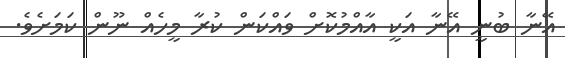
އޭނާ ބުނީ އޭނާ އަކީ އާއްމުކޮށް ވައްކަން ކުރާ މީހެއް ނޫން ކަމަށެވެ.